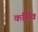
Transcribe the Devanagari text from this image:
कर्सिव